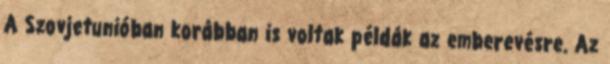
A Szovjetunióban korábban is voltak példák az emberevésre. Az